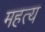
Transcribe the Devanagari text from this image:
महत्य